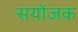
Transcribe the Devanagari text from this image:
सयोंजक